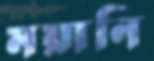
ময়ানি